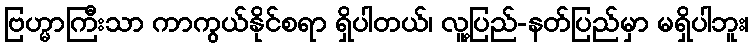
ဗြဟ္မာကြီးသာ ကာကွယ်နိုင်စရာ ရှိပါတယ်၊ လူ့ပြည်-နတ်ပြည်မှာ မရှိပါဘူး၊